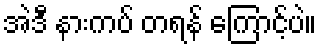
အဲဒီ နားကပ် တရန် ကြောင့်ပဲ။